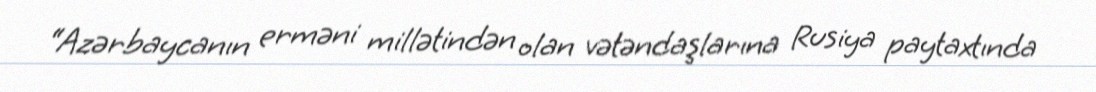
“Azərbaycanın erməni millətindən olan vətəndaşlarına Rusiya paytaxtında